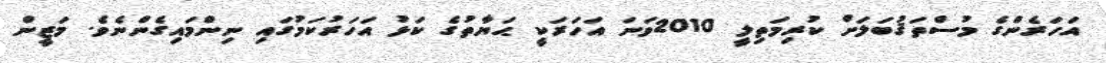
އަހަރެންގެ މުސްތަޤުބަލަށް ކުރިމަތިލީ 2010ވަނަ އަހަރަކީ ޙަޔާތުގެ ކަޅު އަހަރުކަމުގައި ނިންމައިގެންނެވެ. މަޒީން